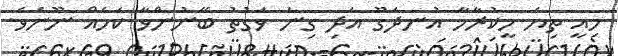
މިއީ ތިޔަ ހީކުރާހާ އުނދަގޫ އަދި ގިނަ ވަގުތު ބޭނުންވާ ކަމެއް ނޫނެވެ.